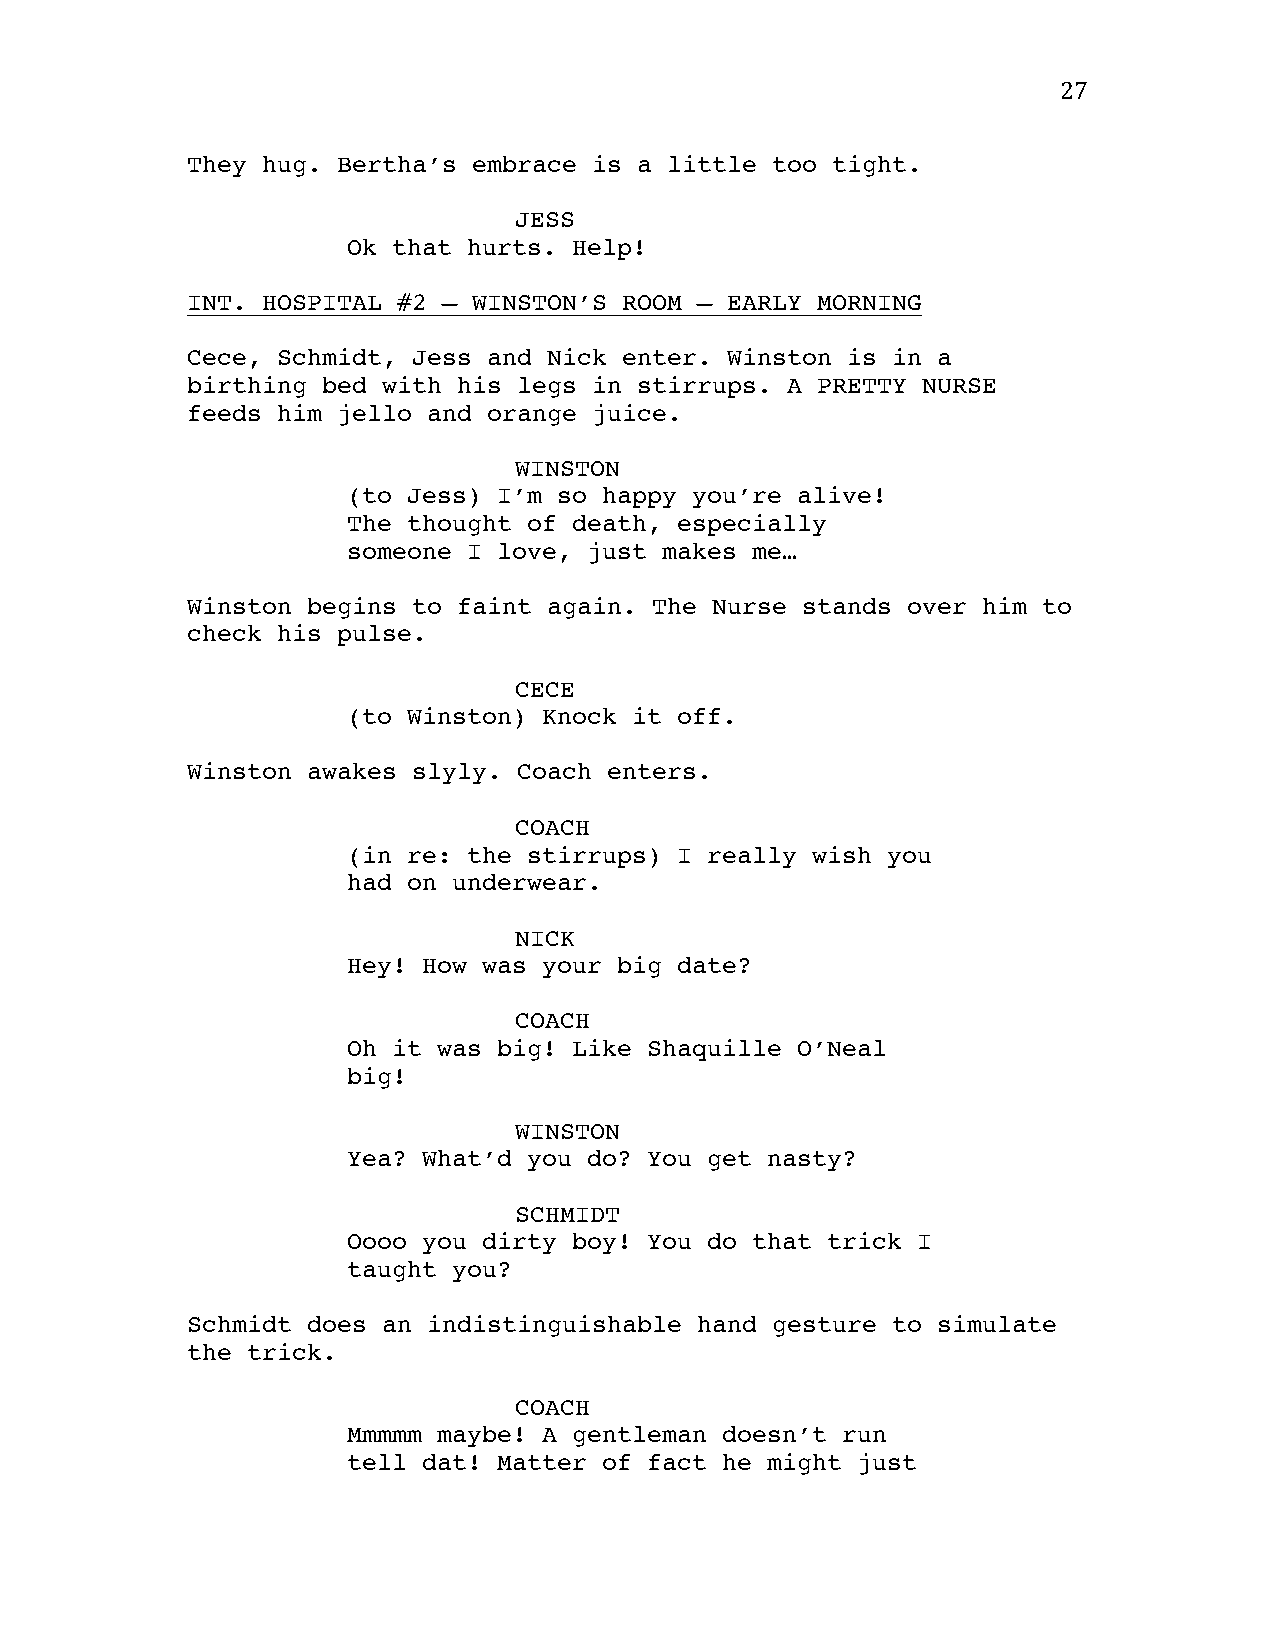
27
 They hug. Bertha’s embrace is a little too tight.
 JESS
 Ok that hurts. Help!
 INT. HOSPITAL #2 – WINSTON’S ROOM – EARLY MORNING
 Cece, Schmidt, Jess and Nick enter. Winston is in a
 birthing bed with his legs in stirrups. A PRETTY NURSE
 feeds him jello and orange juice.
 WINSTON
 (to Jess) I’m so happy you’re alive!
 The thought of death, especially
 someone I love, just makes me…
 Winston begins to faint again. The Nurse stands over him to
 check his pulse.
 CECE
 (to Winston) Knock it off.
 Winston awakes slyly. Coach enters.
 COACH
 (in re: the stirrups) I really wish you
 had on underwear.
 NICK
 Hey! How was your big date?
 COACH
 Oh it was big! Like Shaquille O’Neal
 big!
 WINSTON
 Yea? What’d you do? You get nasty?
 SCHMIDT
 Oooo you dirty boy! You do that trick I
 taught you?
 Schmidt does an indistinguishable hand gesture to simulate
 the trick.
 COACH
 Mmmmm maybe! A gentleman doesn’t run
 tell dat! Matter of fact he might just